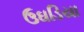
ઉઘડિયા